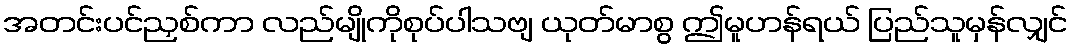
အတင်းပင်ညှစ်ကာ လည်မျိုကိုစုပ်ပါသဗျ ယုတ်မာစွ ဤမူဟန်ရယ် ပြည်သူမှန်လျှင်